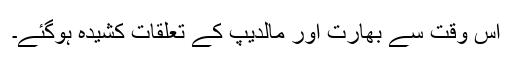
اس وقت سے بھارت اور مالدیپ کے تعلقات کشیدہ ہوگئے۔